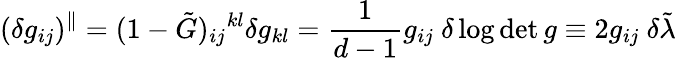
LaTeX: (\delta g_{ij})^{\Vert}=(1-\tilde{G})_{ij}{}^{kl}\delta g_{kl}=\frac{1}{d-1}g_{ij}\ \delta\log\operatorname*{det}g\equiv 2g_{ij}\ \delta\tilde{\lambda}